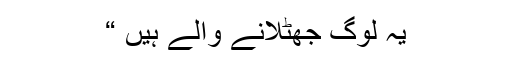
یہ لوگ جھٹلانے والے ہیں “